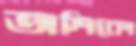
তাশিকো